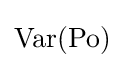
\operatorname {Var} (\mathrm {Po} )